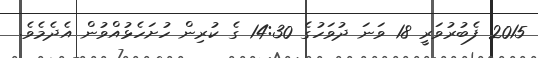
2015 ފެބުރުވަރީ 18 ވަނަ ދުވަހުގެ 14:30 ގެ ކުރިން ހުށަހެޅުއްވުން އެދެމެވެ.